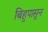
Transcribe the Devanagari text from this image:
बिहुपासुन